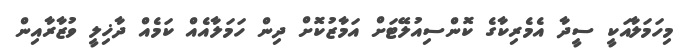
މިހަމަލާއަކީ ސީދާ އެމެރިކާގެ ކޮންސިއުލޭޓަށް އަމާޒުކޮށް ދިން ހަމަލާއެއް ކަމެއް ދާޚިލީ ވުޒާރާއިން